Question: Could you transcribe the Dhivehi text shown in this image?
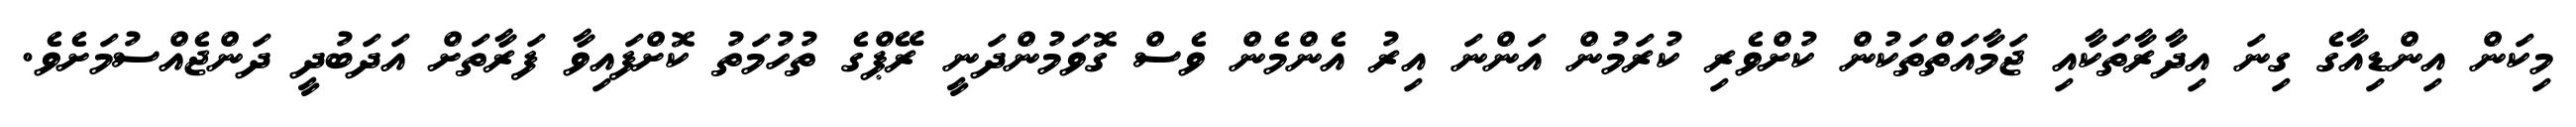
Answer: މިކަން އިންޑިއާގެ ގިނަ އިދާރާތަކާއި ޖަމާއަތްތަކުން ކުށްވެރި ކުރަމުން އަންނަ އިރު އެންމެން ވެސް ގޮވަމުންދަނީ ރޭޕްގެ ތުހުމަތު ކޮށްފައިވާ ފަރާތަށް އަދަބުދީ ދަންޖެއްސުމަށެވެ.